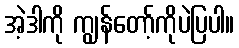
အဲ့ဒါကို ကျွန်တော့်ကိုပဲပြပါ။